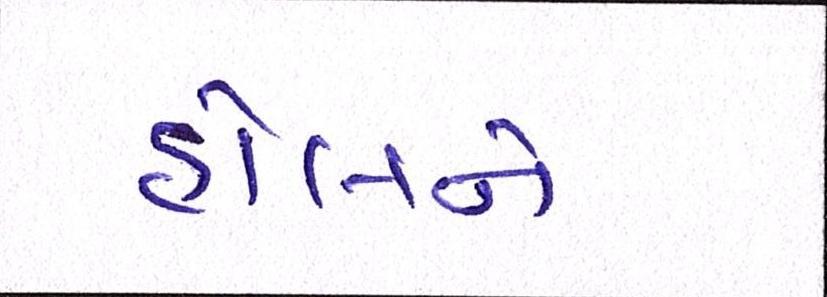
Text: હોલને